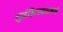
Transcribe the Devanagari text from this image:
लुईझिएड्सकडे